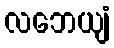
လဘေယျံ